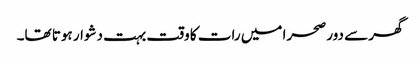
گھر سے دور صحرا میں رات کا وقت بہت دشوار ہوتا تھا۔